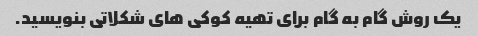
یک روش گام به گام برای تهیه کوکی های شکلاتی بنویسید.